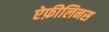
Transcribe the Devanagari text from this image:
ऐफ़ीलिनस